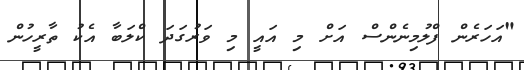
"އަހަރެން ފްލުމިނެންސް އަށް މި އައީ މި ވަރުގަދަ ކްލަބާ އެކު ތާރީހުން